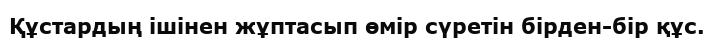
Құстардың ішінен жұптасып өмір сүретін бірден-бір құс.